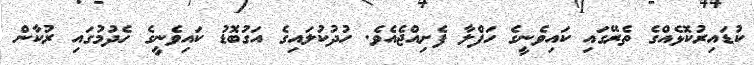
ކުޑައިރުކޮޅެއްގެ ތެރޭގައި ކައިވެނީގެ ހަފްލާ ފެށިއްޖެއެވެ. ހުދުކުލައިގެ އަގުބޮޑު ކައިވެނީގެ ހެދުމުގައި ރުކާން